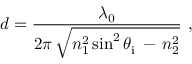
d = { \frac { \lambda _ { 0 } } { 2 \pi \, { \sqrt { n _ { 1 } ^ { 2 } \sin ^ { 2 } \theta _ { \mathrm { i } } \, - \, n _ { 2 } ^ { 2 } } } } } ~ ,